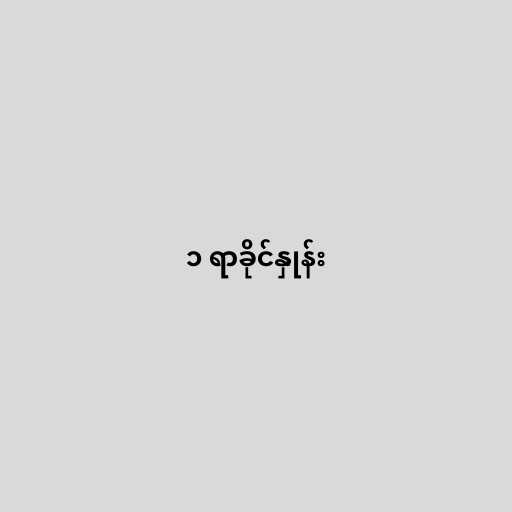
၁ ရာခိုင်နှုန်း